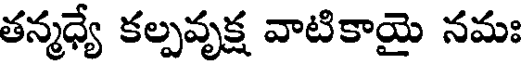
తన్మధ్యే కల్పవృక్ష వాటికాయై నమః